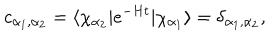
c _ { \alpha _ { 1 } , \alpha _ { 2 } } = \langle \chi _ { \alpha _ { 2 } } \vert e ^ { - H t } \vert \chi _ { \alpha _ { 1 } } \rangle = \delta _ { \alpha _ { 1 } , \alpha _ { 2 } } ,